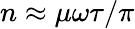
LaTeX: n\approx\mu\omega\tau/\pi